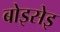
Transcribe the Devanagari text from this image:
बोइसेइ